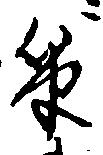
筆